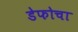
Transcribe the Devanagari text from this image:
डेफोचा